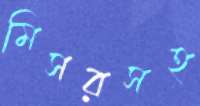
মিসরসহ